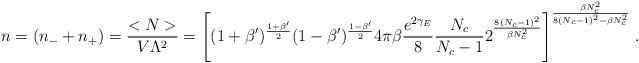
LaTeX: \begin{align*}n = (n_- + n_+) = \frac{<N>}{V \Lambda^2}= \Bigg[(1+\beta')^\frac{1+\beta'}{2}(1-\beta')^\frac{1-\beta'}{2}4 \pi \beta\frac{e^{2\gamma_E}}{8}\frac{N_c}{N_c-1}2^{\frac{8(N_c-1)^2}{\beta N_c^2}} \Bigg]^\frac{\beta N_c^2}{8(N_c-1)^2 -\beta N_c^2}\;.\end{align*}